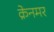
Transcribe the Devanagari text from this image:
क्रेनमर